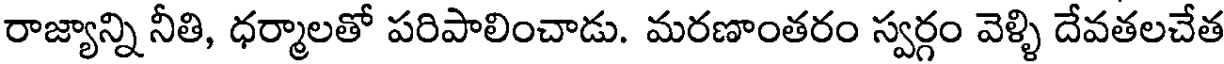
రాజ్యాన్ని నీతి, ధర్మాలతో పరిపాలించాడు. మరణాంతరం స్వర్గం వెళ్ళి దేవతలచేత